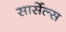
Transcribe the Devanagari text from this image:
सार्सेल्स